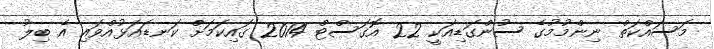
މަސައްކަތް ނިންމުމުގެ ސުންގަޑިއަކީ 22 އޮގަސްޓް 2014 ގައިކަމަށް ކަނޑައަޅުއްވައި އެ ބިލު